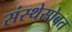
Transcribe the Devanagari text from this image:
संस्थेसोबत